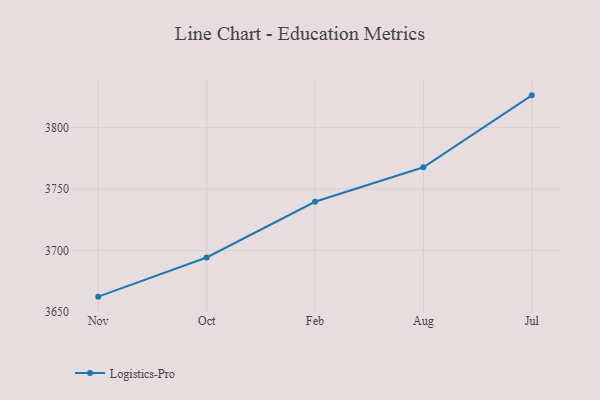
{"axis": {"x": "Month", "y": "Website Visitors"}, "legend": ["Logistics-Pro"], "data": [{"x": "Nov", "y": 3662.3, "type": "Logistics-Pro"}, {"x": "Oct", "y": 3694.2, "type": "Logistics-Pro"}, {"x": "Feb", "y": 3739.6, "type": "Logistics-Pro"}, {"x": "Aug", "y": 3767.7, "type": "Logistics-Pro"}, {"x": "Jul", "y": 3826.3, "type": "Logistics-Pro"}]}